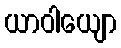
ယာဝါယျော